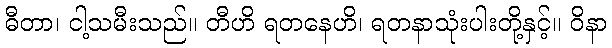
ဓီတာ၊ ငါ့သမီးသည်။ တီဟိ ရတနေဟိ၊ ရတနာသုံးပါးတို့နှင့်။ ဝိနာ